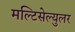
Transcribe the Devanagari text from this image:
मल्टिसेल्युलर